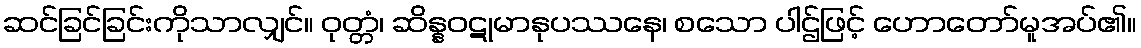
ဆင်ခြင်ခြင်းကိုသာလျှင်။ ဝုတ္တံ၊ ဆိန္နဝဋုမာနုပဿနေ၊ စသော ပါဌ်ဖြင့် ဟောတော်မူအပ်၏။